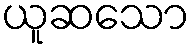
ယူဆသော